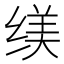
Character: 𱺩